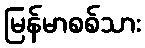
မြန်မာစစ်သား